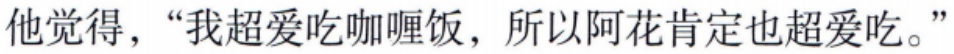
他觉得，“我超爱吃咖喱饭，所以阿花肯定也超爱吃。”